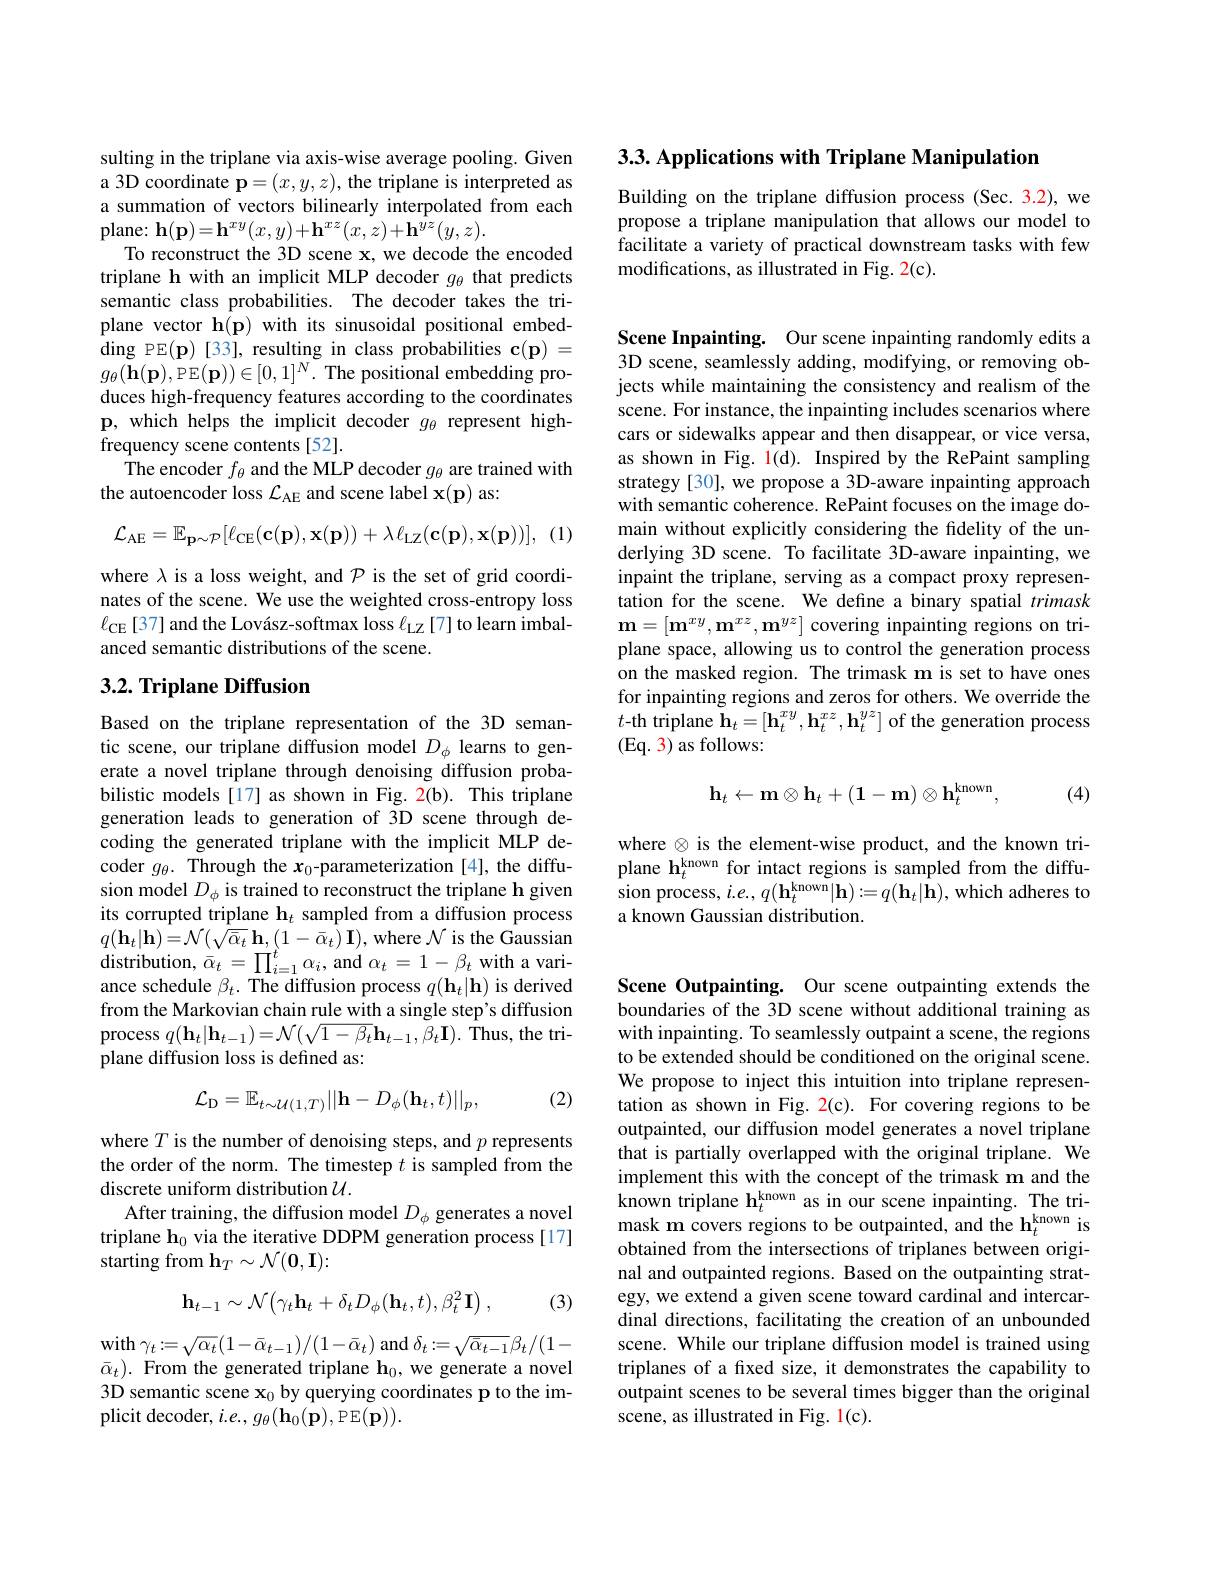
sulting in the triplane via axis-wise average pooling. Given a 3D coordinate $\mathbf{p}=(x,y,z)$, the triplane is interpreted as a summation of vectors bilinearly interpolated from each ${\mathrm{plane: ~}\mathbf{h} }( \mathbf{p} ) = \mathbf{h} ^{xy}( x, y) + \mathbf{h} ^{xz}( x, z) + \mathbf{h} ^{yz}( y, z) .$
To reconstruct the 3D scene x, we decode the encoded triplane h with an implicit MLP decoder $g_\mathrm{\theta}$ that predicts semantic class probabilities. The decoder takes the triplane vector h(p) with its sinusoidal positional embed- $\operatorname{ding}$ PE$(\mathbf{p})$[33], resulting in class probabilities $\mathbf{c}(\mathbf{p})=$ $g_{\theta}(\mathbf{h}(\mathbf{p})$,PE$(\mathbf{p}))\in[0,1]^N.$The positional embedding produces high-frequency features according to the coordinates p, which helps the implicit decoder $g_\theta$ represent highfrequency scene contents [52].
The encoder $f_\theta$ and the MLP decoder $g_\theta$ are trained with
the autoencoder loss $\mathcal{L}_\mathrm{AE}$ and scene label x(p) as:

(1)
$$\mathcal{L}_{\mathrm{AE}}=\mathbb{E}_{\mathbf{p}\sim\mathcal{P}}[\ell_{\mathrm{CE}}(\mathbf{c}(\mathbf{p}),\mathbf{x}(\mathbf{p}))+\lambda\ell_{\mathrm{LZ}}(\mathbf{c}(\mathbf{p}),\mathbf{x}(\mathbf{p}))],$$
where $\lambda$ is a loss weight, and $\mathcal{P}$ is the set of grid coordinates of the scene. We use the weighted cross-entropy loss $\ell_{\mathrm{CE}}\left[37\right]$and the Lovász-softmax loss $\ell_\mathrm{LZ}\left[7\right]$to learn imbalanced semantic distributions of the scene.

## 3.2. Triplane Diffusion

Based on the triplane representation of the 3D semantic scene, our triplane diffusion model $D_\phi$ learns to generate a novel triplane through denoising diffusion probabilistic models [17] as shown in Fig. 2(b). This triplane generation leads to generation of 3D scene through decoding the generated triplane with the implicit MLP decoder $g_\theta.$ Through the $x_0$-parameterization[4], the diffusion model $D_\phi$ is trained to reconstruct the triplane h given its corrupted triplane $\mathbf{h}_t$ sampled from a diffusion process $q(\mathbf{h}_{t}|\mathbf{h})=\mathcal{N}(\sqrt{\bar{\alpha}_{t}}\mathbf{h},(1-\bar{\alpha}_{t})\mathbf{I})$,where $\mathcal{N}$ is the Gaussian ${\mathrm{distribution,~}\bar{\alpha}_{t}}=\prod_{i=1}^{t}\alpha_{i},{\mathrm{and~}}\alpha_{t}=1-\beta_{t}$with a variance schedule $\beta_t.$ The diffusion process $q(\mathbf{h}_t|\mathbf{h})$ is derived from the Markovian chain rule with a single step's diffusion process $q(\mathbf{h}_{t}|\mathbf{h}_{t-1})=\mathcal{N}(\sqrt{1-\beta_{t}}\mathbf{h}_{t-1},\beta_{t}\mathbf{I}).$ Thus, the triplane diffusion loss is defined as:
$$\mathcal{L}_\mathrm{D}=\mathbb{E}_{t\sim\mathcal{U}(1,T)}||\mathbf{h}-D_{\phi}(\mathbf{h}_{t},t)||_{p},$$
(2)

where $T$ is the number of denoising steps, and $p$ represents the order of the norm. The timestep $t$ is sampled from the discrete uniform distribution $\mathcal{U}.$
After training, the diffusion model $D_\phi$ generates a novel triplane h$_0$ via the iterative DDPM generation process [17] $\hat{\text{starting from h}} _T\sim \mathcal{N} ( \mathbf{0} , \mathbf{I} ) :$

(3)
$$\mathbf{h}_{t-1}\sim\mathcal{N}\left(\gamma_{t}\mathbf{h}_{t}+\delta_{t}D_{\phi}(\mathbf{h}_{t},t),\beta_{t}^{2}\mathbf{I}\right),$$
$\mathbf{with}\gamma_{t}:=\sqrt{\alpha_{t}}(1-\bar{\alpha}_{t-1})/(1-\bar{\alpha}_{t})$ and $\delta_{t}:=\sqrt{\bar{\alpha}_{t-1}}\beta_{t}/(1-$ $\bar{\alpha}_t).$ From the generated triplane h$_0$,we generate a novel 3D semantic scene $\mathbf{x}_0$ by querying coordinates p to the implicit decoder, $i.e.,g_\theta(\mathbf{h}_0(\mathbf{p})$,PE$(\mathbf{p})).$

$3. 3. \textbf{ Applications with Triplane Manipulation}$

Building on the triplane diffusion process (Sec. 3.2), we propose a triplane manipulation that allows our model to facilitate a variety of practical downstream tasks with few modifications, as illustrated in Fig. 2(c).

Scene Inpainting. Our scene inpainting randomly edits a 3D scene, seamlessly adding, modifying, or removing objects while maintaining the consistency and realism of the scene. For instance, the inpainting includes scenarios where cars or sidewalks appear and then disappear, or vice versa, as shown in Fig. l(d). Inspired by the RePaint sampling strategy [30], we propose a 3D-aware inpainting approach with semantic coherence. RePaint focuses on the image domain without explicitly considering the fidelity of the underlying 3D scene. To facilitate 3D-aware inpainting, we inpaint the triplane, serving as a compact proxy representation for the scene. We define a binary spatial trimask $\mathbf{m}=\left[\mathbf{m}^{xy},\mathbf{m}^{xz},\mathbf{m}^{yz}\right]$covering inpainting regions on triplane space, allowing us to control the generation process on the masked region. The trimask m is set to have ones for inpainting regions and zeros for others. We override the $t$-th triplane $\mathbf{h}_t=[\mathbf{h}_t^{xy},\mathbf{h}_t^{xz},\mathbf{h}_t^{yz}]$ of the generation process (Eq. 3) as follows:

(4)
$$\mathbf{h}_t\leftarrow\mathbf{m}\otimes\mathbf{h}_t+(\mathbf{1}-\mathbf{m})\otimes\mathbf{h}_t^\text{known},$$
where $\otimes$ is the element-wise product, and the known triplane h$_t^\mathrm{known}$ for intact regions is sampled from the diffusion process, $i. e. , q( \mathbf{h} _t^{\mathrm{known}}| \mathbf{h} ) : = q( \mathbf{h} _t| \mathbf{h} ) $, which adheres to a known Gaussian distribution.

Scene Outpainting. Our scene outpainting extends the boundaries of the 3D scene without additional training as with inpainting. To seamlessly outpaint a scene, the regions to be extended should be conditioned on the original scene. We propose to inject this intuition into triplane representation as shown in Fig. 2(c). For covering regions to be outpainted, our diffusion model generates a novel triplane that is partially overlapped with the original triplane. We implement this with the concept of the trimask m and the known triplane h$_t^\mathrm{known}$ as in our scene inpainting. The trimask m covers regions to be outpainted, and the h$_t^\mathrm{known}$ is obtained from the intersections of triplanes between original and outpainted regions. Based on the outpainting strategy, we extend a given scene toward cardinal and intercardinal directions, facilitating the creation of an unbounded scene. While our triplane diffusion model is trained using triplanes of a fixed size, it demonstrates the capability to outpaint scenes to be several times bigger than the original scene, as illustrated in Fig. l(c).